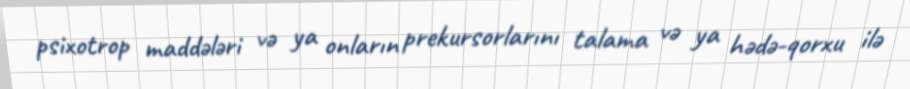
psixotrop maddələri və ya onların prekursorlarını talama və ya hədə-qorxu ilə